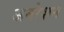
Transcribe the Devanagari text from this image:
अमरेशन